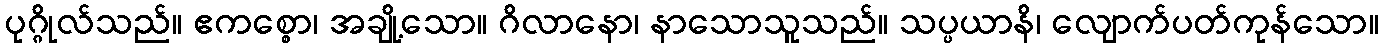
ပုဂ္ဂိုလ်သည်။ ဧကစ္စော၊ အချို့သော။ ဂိလာနော၊ နာသောသူသည်။ သပ္ပယာနိ၊ လျောက်ပတ်ကုန်သော။